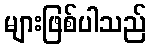
များဖြစ်ပါသည်